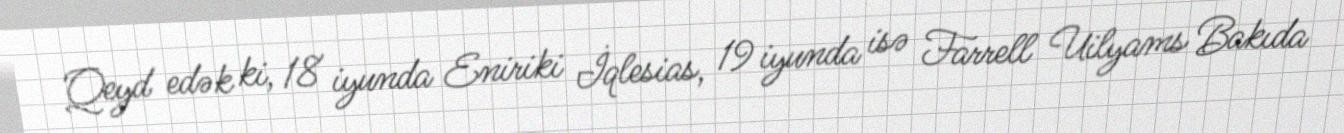
Qeyd edək ki, 18 iyunda Eniriki İqlesias, 19 iyunda isə Farrell Uilyams Bakıda